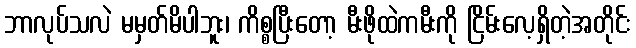
ဘာလုပ်သလဲ မမှတ်မိပါဘူး၊ ကိစ္စပြီးတော့ မီးဖိုထဲကမီးကို ငြိမ်းလေ့ရှိတဲ့အတိုင်း